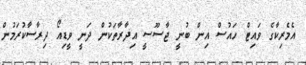
އެމެރިކާގެ ވައިޓް ހައުސް އިން ބުނީ ޖާސޫސީ އިދާރާތަކުން ދަނީ ވީޑިއޯ ދިރާސާކުރަމުން